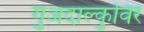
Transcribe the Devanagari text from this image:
गुअदाल्कुविर